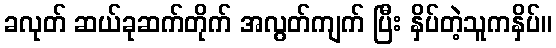
ခလုတ် ဆယ်ခုဆက်တိုက် အလွတ်ကျက် ပြီး နှိပ်တဲ့သူကနှိပ်။